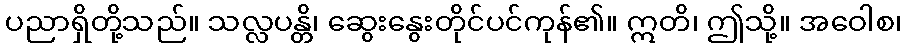
ပညာရှိတို့သည်။ သလ္လပန္တိ၊ ဆွေးနွေးတိုင်ပင်ကုန်၏။ ဣတိ၊ ဤသို့။ အဝေါစ၊